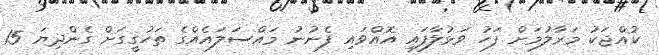
ކުއްޖަކު މަރާލުމަށް ފަހު ވަޅުލާފައި އޮއްވައި ފެނުނު މައްސަލައެއްގެ ތަހުގީގަށް ގެންދިޔަ 15